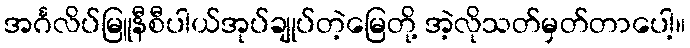
အင်္ဂလိပ်မြူနီစီပါယ်အုပ်ချုပ်တဲ့မြေတို့ အဲ့လိုသတ်မှတ်တာပေါ့။